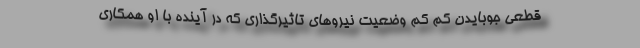
قطعی جوبایدن کم کم وضعیت نیروهای تاثیرگذاری که در آینده با او همکاری